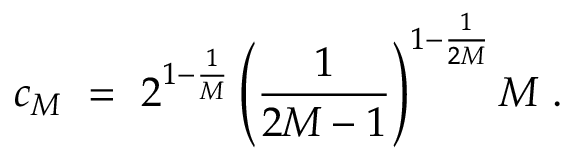
c _ { M } \ = \ 2 ^ { 1 - \frac { 1 } { M } } \left( \frac { 1 } { 2 M - 1 } \right) ^ { 1 - \frac { 1 } { 2 M } } M \ .